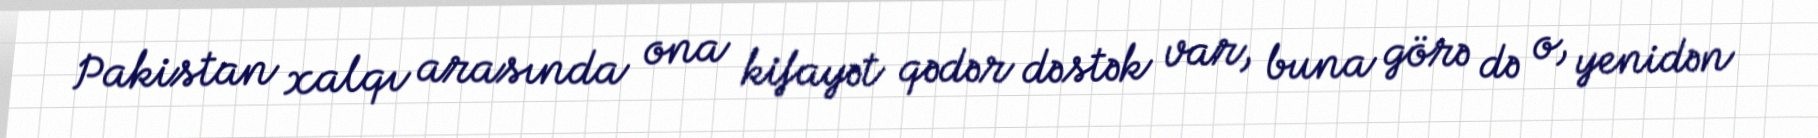
Pakistan xalqı arasında ona kifayət qədər dəstək var, buna görə də o, yenidən